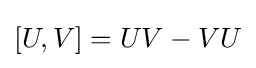
[U,V]=UV-VU